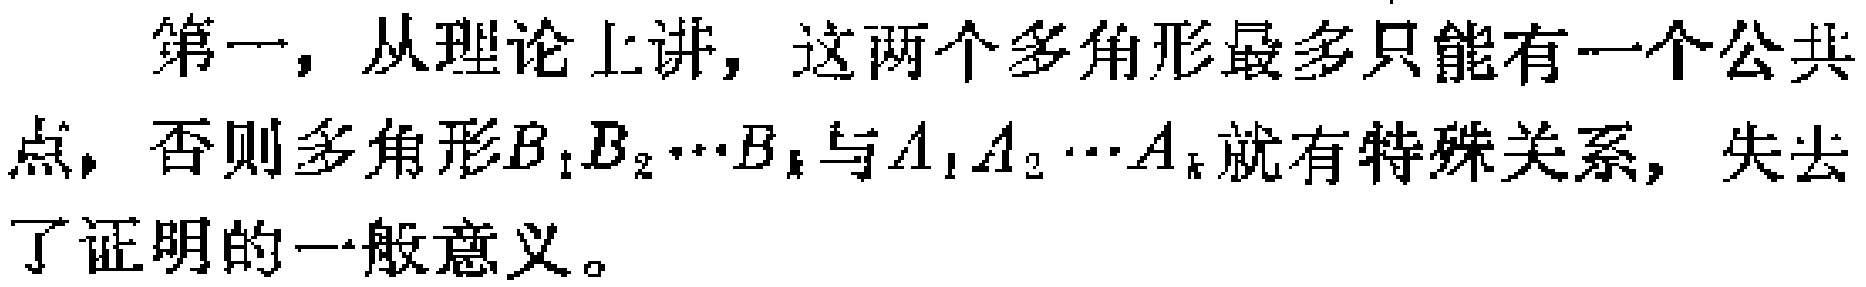
第一，从理论上讲，这两个多角形最多只能有一个公共点，否则多角形\(B_{1}B_{2}\cdots B_{k}\)与\(A_{1}A_{2}\cdots A_{k}\)就有特殊关系，失去了证明的一般意义。